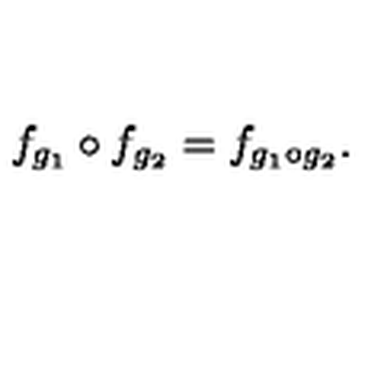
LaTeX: f _ { g _ { 1 } } \circ f _ { g _ { 2 } } = f _ { g _ { 1 } \circ g _ { 2 } } .